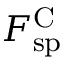
F _ { \mathrm { s p } } ^ { \mathrm { C } }